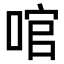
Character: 𠴨